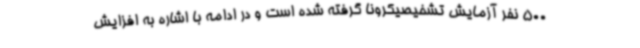
500 نفر آزمایش تشخیصیکرونا گرفته شده است و در ادامه با اشاره به افزایش